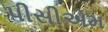
પીસીએમ